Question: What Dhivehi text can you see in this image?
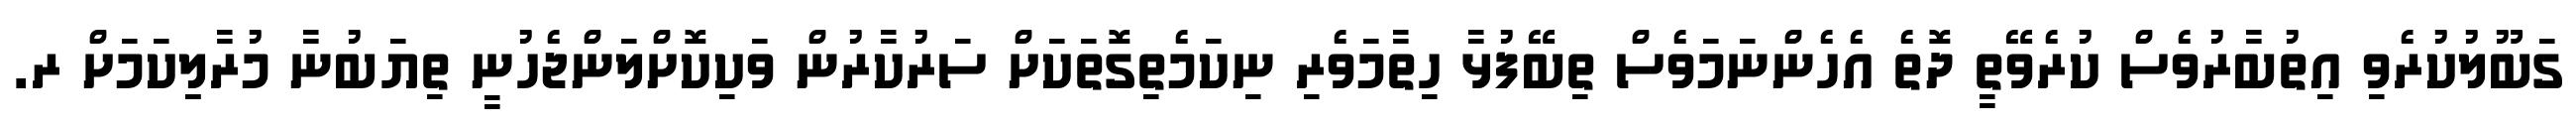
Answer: ގަބޫލުކުރެވި އިތުބާރުވެސް ކުރެވޭތީ ދޮތެ އެހެންނަމަވެސް ތިބޭފުޅާ ހިތާމަވެރި ނިކަމެތިގޮތަކަށް ސަރުކާރުން ވަކިކޮށްލަންޖެހުނީ ތިޔަބުނާ މުރާލިިކަމަށް ރ.